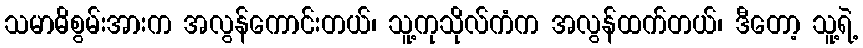
သမာဓိစွမ်းအားက အလွန်ကောင်းတယ်၊ သူ့ကုသိုလ်ကံက အလွန်ထက်တယ်၊ ဒီတော့ သူ့ရဲ့